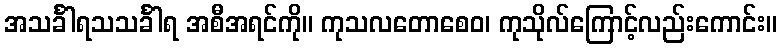
အသင်္ခါရသသင်္ခါရ အစီအရင်ကို။ ကုသလတောစေဝ၊ ကုသိုလ်ကြောင့်လည်းကောင်း။